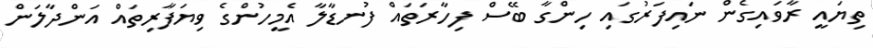
ތިޔައީ ރާވައިގެން ނައިފަރުގައި ހިންގާ ބޭސް ފިހާރަތައް ފުނޑާލާ އެމީހުންގެ ވިޔަފާރިތައް އަންދާލަން